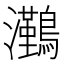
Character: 𭳻